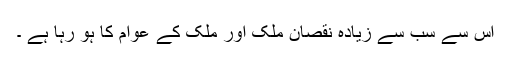
اس سے سب سے زیادہ نقصان ملک اور ملک کے عوام کا ہو رہا ہے ۔